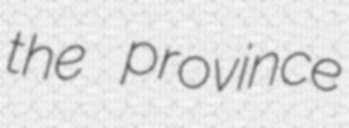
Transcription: the province